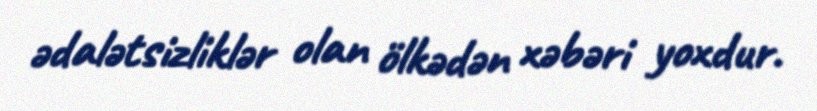
ədalətsizliklər olan ölkədən xəbəri yoxdur.